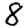
Digit: 8